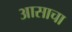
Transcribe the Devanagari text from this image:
आसाचा